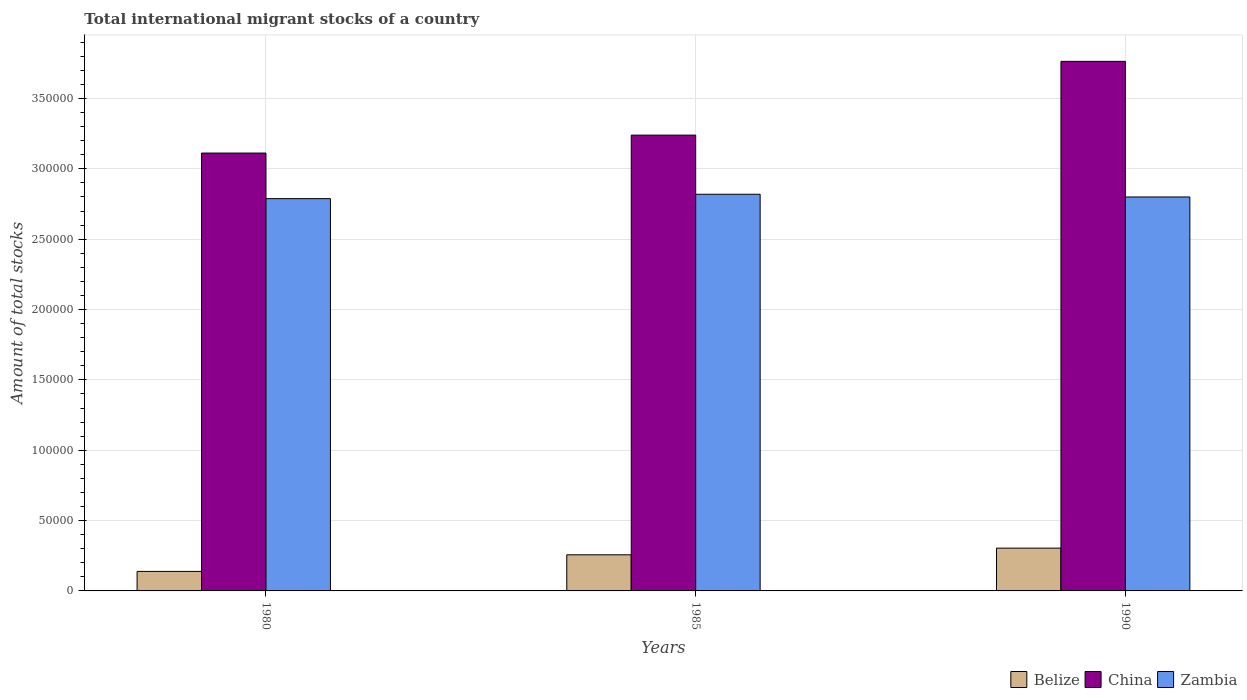
| Years | Belize | China | Zambia |
 | --- | --- | --- | --- |
 | 1980 | 1.39e+04 | 3.11e+05 | 2.79e+05 |
 | 1985 | 2.57e+04 | 3.24e+05 | 2.82e+05 |
 | 1990 | 3.04e+04 | 3.76e+05 | 2.8e+05 |